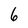
Character: 6